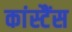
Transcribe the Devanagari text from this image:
कांस्टैंस